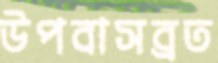
উপবাসব্রত